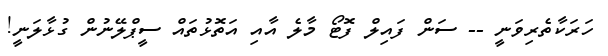
ހަރަކާތެރިވަނީ -- ސަން ފައިލް ފޮޓޯ މާލެ އާއި އަތޮޅުތައް ސީޕްލޭނުން ގުޅާލަނީ!